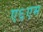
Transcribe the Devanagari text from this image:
ए६एम